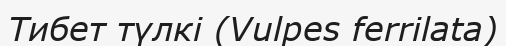
Тибет түлкі (Vulpes ferrilata)